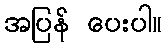
အပြန် ပေးပါ။